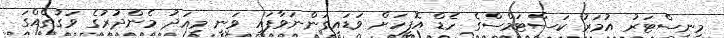
މިނިސްޓަރު އުމަރު ކަސްޓަމްސްގެ ހެޑް އޮފީހަށް ވަޑައިގަންނަވާފައި ވަނީ މިއަދު މެންދުރުގެ ވަގުތެއްގަ